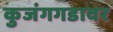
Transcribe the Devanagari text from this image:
कुजंगगडावर